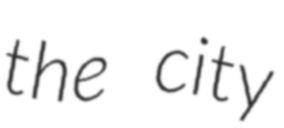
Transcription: the city